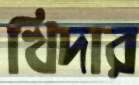
খিদার